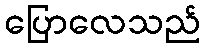
ပြောလေသည်